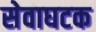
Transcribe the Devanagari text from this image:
सेवाघटक